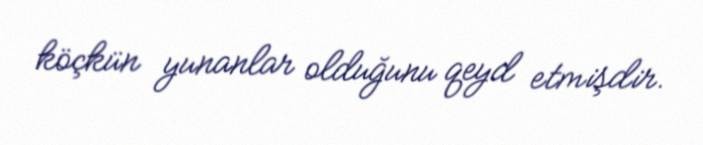
köçkün yunanlar olduğunu qeyd etmişdir.